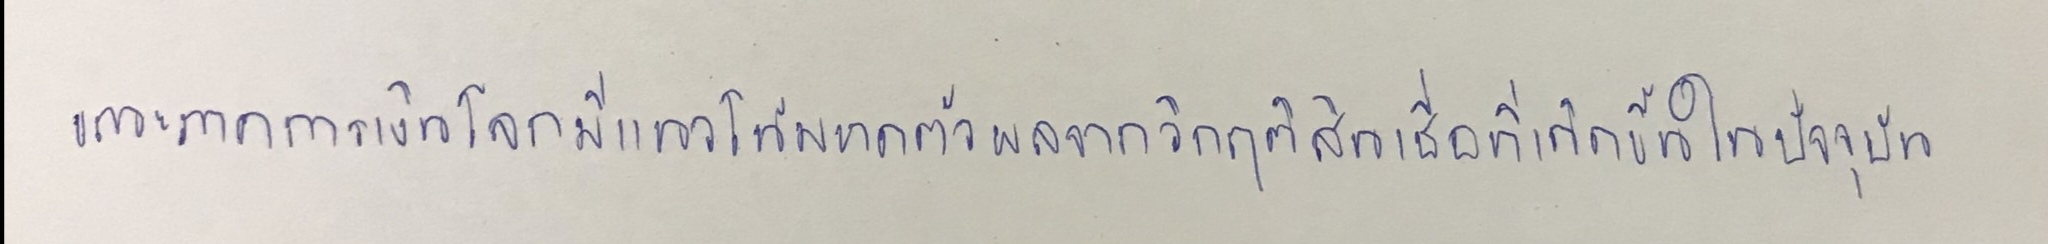
ขณะภาคการเงินโลกมีแนวโน้มหดตัวผลจากวิกฤติสินเชื่อที่เกิดขึ้นในปัจจุบัน